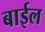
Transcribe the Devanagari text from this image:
बाईल